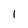
Character: I